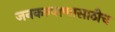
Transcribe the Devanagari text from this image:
जनकल्याणासाठीच